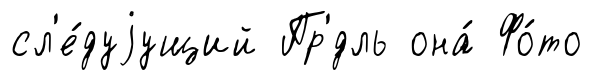
сл'е́дуjущий Пр'́дль она́ Фо́то